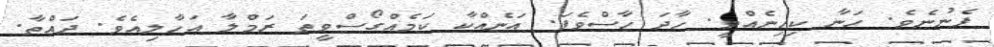
ފެނުނެވެ. ހަނާ ކިހިނެއްވީ. ހާދަ ހާސްވެފަ. އަނެއްކާ ކަމެއްގޯސްވީތަ ރަމްލާ އަހާލިއެވެ. ދައްތާ.